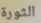
الثورة